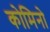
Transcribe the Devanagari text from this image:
कोमिनो